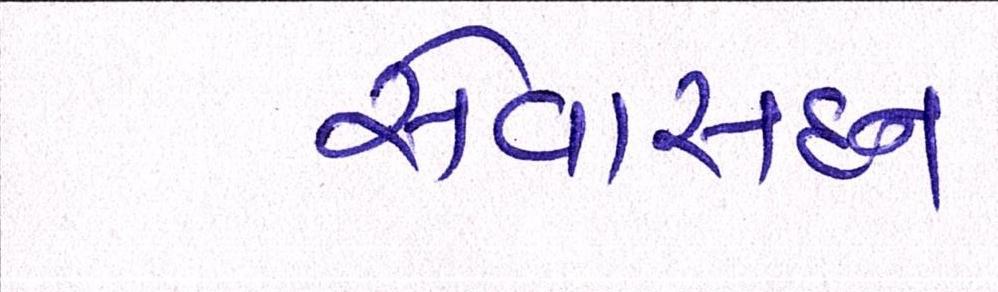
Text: સેવાસદન